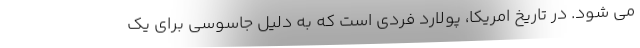
می شود. در تاریخ امریکا، پولارد فردی است که به دلیل جاسوسی برای یک